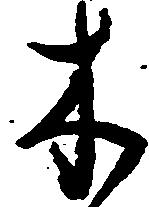
木